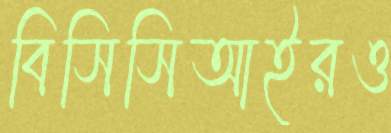
বিসিসিআইরও